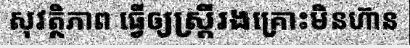
សុវត្ថិភាព ធ្វើឲ្យស្ត្រីរងគ្រោះមិនហ៊ាន